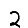
Digit: 2